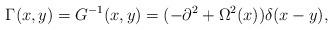
LaTeX: \begin{align*}\Gamma(x,y)=G^{-1}(x,y)=(-\partial^2+\Omega^2(x))\delta(x-y),\end{align*}